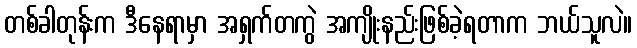
တစ်ခါတုန်းက ဒီနေရာမှာ အရှက်တကွဲ အကျိုးနည်းဖြစ်ခဲ့ရတာက ဘယ်သူလဲ။